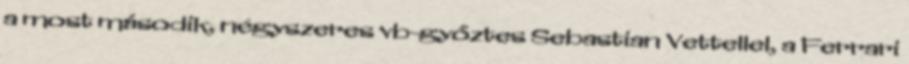
a most második, négyszeres vb-győztes Sebastian Vettellel, a Ferrari